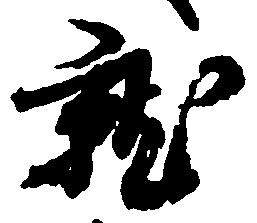
就